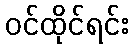
ဝင်ထိုင်ရင်း